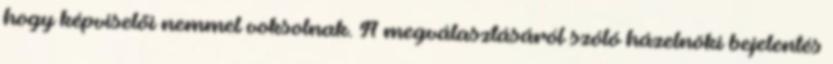
hogy képviselői nemmel voksolnak. A megválasztásáról szóló házelnöki bejelentés